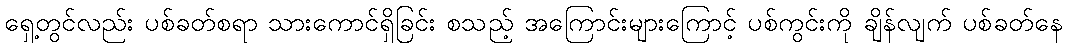
ရှေ့တွင်လည်း ပစ်ခတ်စရာ သားကောင်ရှိခြင်း စသည့် အကြောင်းများကြောင့် ပစ်ကွင်းကို ချိန်လျက် ပစ်ခတ်နေ